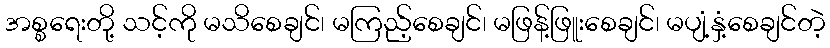
အစ္စရေးတို့ သင့်ကို မသိစေချင်၊ မကြည့်စေချင်၊ မဖြန့်ဖြူးစေချင်၊ မပျံ့နှံ့စေချင်တဲ့